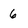
Character: 6